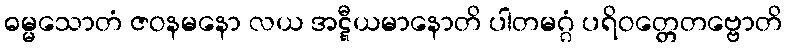
ဓမ္မသောတံ ဇဝနမနော လယ အဋ္ဋီယမာနောတိ ပါတမဂ္ဂံ ပရိဝတ္တေတဗ္ဗောတိ